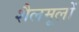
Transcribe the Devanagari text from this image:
शैलमूलों